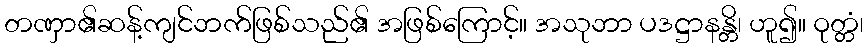
တဏှာ၏ဆန့်ကျင်ဘက်ဖြစ်သည်၏ အဖြစ်ကြောင့်။ အသုဘာ ပဒဋ္ဌာနန္တိ၊ ဟူ၍။ ဝုတ္တံ၊